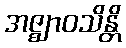
အဇ္ဈာဝသိန္တိ